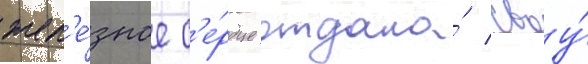
жел'е́зное с'е́рдце отдала́ своу́